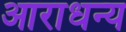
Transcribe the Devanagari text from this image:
आराधन्य